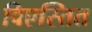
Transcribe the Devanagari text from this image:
विएस्तित